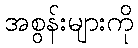
အစွန်းများကို